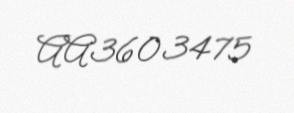
AA3603475